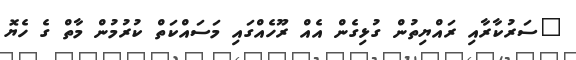
"ސަރުކާރާއި ރައްޔިތުން ގުޅިގެން އެއް ރޫހެއްގައި މަސައްކަތް ކުރުމުން މާތް ގެ ހެޔޮ